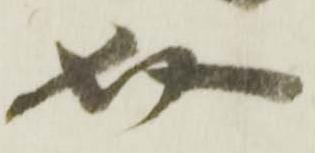
介